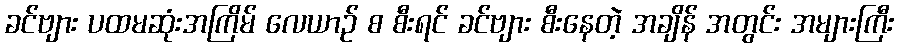
ခင်ဗျား ပထမဆုံးအကြိမ် လေယာဉ် စ စီးရင် ခင်ဗျား စီးနေတဲ့ အချိန် အတွင်း အများကြီး